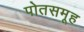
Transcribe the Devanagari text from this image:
पोतसमूह